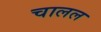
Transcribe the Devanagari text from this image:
चालल